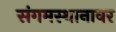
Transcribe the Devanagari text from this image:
संगमस्थानावर